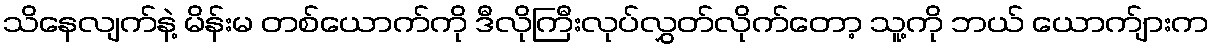
သိနေလျက်နဲ့ မိန်းမ တစ်ယောက်ကို ဒီလိုကြီးလုပ်လွှတ်လိုက်တော့ သူ့ကို ဘယ် ယောက်ျားက